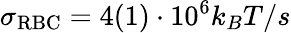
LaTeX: \sigma_{\mathrm{RBC}}=4(1)\cdot 10^{6}k_{B}T/s